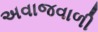
અવાજવાળી